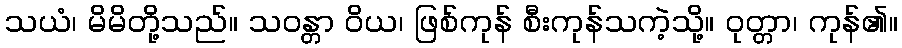
သယံ၊ မိမိတို့သည်။ သဝန္တာ ဝိယ၊ ဖြစ်ကုန် စီးကုန်သကဲ့သို့။ ဝုတ္တာ၊ ကုန်၏။